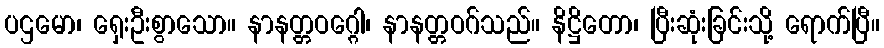
ပဌမော၊ ရှေးဦးစွာသော။ နာနတ္တဝဂ္ဂေါ၊ နာနတ္တဝဂ်သည်။ နိဋ္ဌိတော၊ ပြီးဆုံးခြင်းသို့ ရောက်ပြီ။